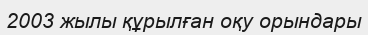
2003 жылы құрылған оқу орындары